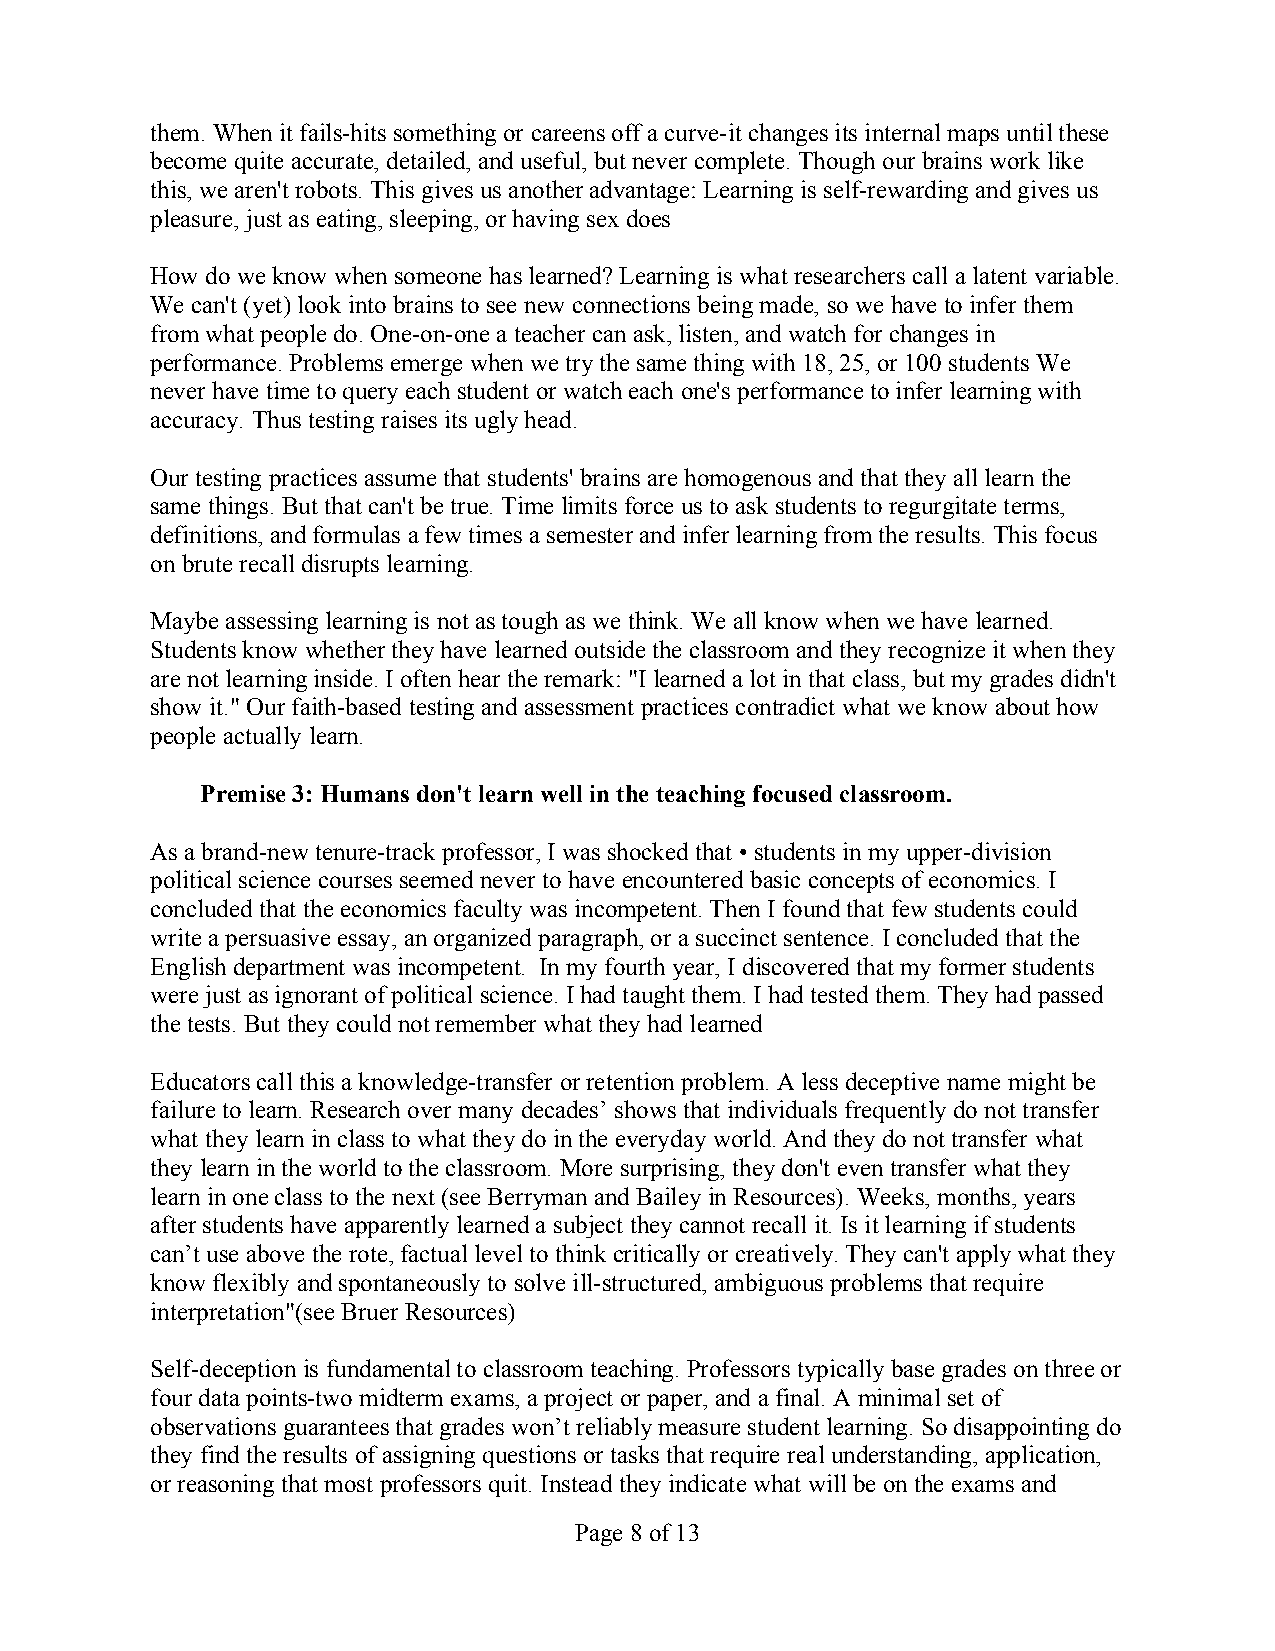
them. When it fails-hits something or careens off a curve-it changes its internal maps until these
 become quite accurate, detailed, and useful, but never complete. Though our brains work like
 this, we aren't robots. This gives us another advantage: Learning is self-rewarding and gives us
 pleasure, just as eating, sleeping, or having sex does
 How do we know when someone has learned? Learning is what researchers call a latent variable.
 We can't (yet) look into brains to see new connections being made, so we have to infer them
 from what people do. One-on-one a teacher can ask, listen, and watch for changes in
 performance. Problems emerge when we try the same thing with 18, 25, or 100 students We
 never have time to query each student or watch each one's performance to infer learning with
 accuracy. Thus testing raises its ugly head.
 Our testing practices assume that students' brains are homogenous and that they all learn the
 same things. But that can't be true. Time limits force us to ask students to regurgitate terms,
 definitions, and formulas a few times a semester and infer learning from the results. This focus
 on brute recall disrupts learning.
 Maybe assessing learning is not as tough as we think. We all know when we have learned.
 Students know whether they have learned outside the classroom and they recognize it when they
 are not learning inside. I often hear the remark: "I learned a lot in that class, but my grades didn't
 show it." Our faith-based testing and assessment practices contradict what we know about how
 people actually learn.
 Premise 3: Humans don't learn well in the teaching focused classroom.
 As a brand-new tenure-track professor, I was shocked that • students in my upper-division
 political science courses seemed never to have encountered basic concepts of economics. I
 concluded that the economics faculty was incompetent. Then I found that few students could
 write a persuasive essay, an organized paragraph, or a succinct sentence. I concluded that the
 English department was incompetent. In my fourth year, I discovered that my former students
 were just as ignorant of political science. I had taught them. I had tested them. They had passed
 the tests. But they could not remember what they had learned
 Educators call this a knowledge-transfer or retention problem. A less deceptive name might be
 failure to learn. Research over many decades’ shows that individuals frequently do not transfer
 what they learn in class to what they do in the everyday world. And they do not transfer what
 they learn in the world to the classroom. More surprising, they don't even transfer what they
 learn in one class to the next (see Berryman and Bailey in Resources). Weeks, months, years
 after students have apparently learned a subject they cannot recall it. Is it learning if students
 can’t use above the rote, factual level to think critically or creatively. They can't apply what they
 know flexibly and spontaneously to solve ill-structured, ambiguous problems that require
 interpretation"(see Bruer Resources)
 Self-deception is fundamental to classroom teaching. Professors typically base grades on three or
 four data points-two midterm exams, a project or paper, and a final. A minimal set of
 observations guarantees that grades won’t reliably measure student learning. So disappointing do
 they find the results of assigning questions or tasks that require real understanding, application,
 or reasoning that most professors quit. Instead they indicate what will be on the exams and
 Page 8 of 13